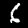
Digit: 6